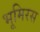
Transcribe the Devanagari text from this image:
भूमिरस